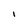
Character: I